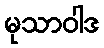
မုသာဝါဒ